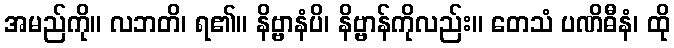
အမည်ကို။ လဘတိ၊ ရ၏။ နိဗ္ဗာနံပိ၊ နိဗ္ဗာန်ကိုလည်း။ တေသံ ပဏိဓီနံ၊ ထို